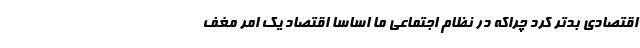
اقتصادی بدتر کرد چراکه در نظام اجتماعی ما اساسا اقتصاد یک امر مغف